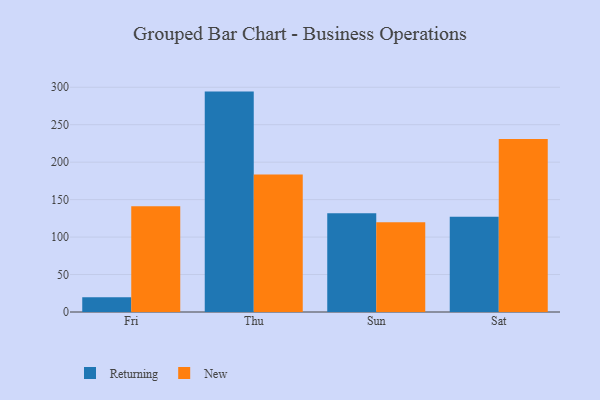
{"axis": {"x": "Day", "y": "Net Income (USD K)"}, "legend": ["New", "Returning"], "data": [{"x": "Fri", "y": 19.8, "type": "Returning"}, {"x": "Fri", "y": 141.1, "type": "New"}, {"x": "Thu", "y": 294.2, "type": "Returning"}, {"x": "Thu", "y": 183.5, "type": "New"}, {"x": "Sun", "y": 131.7, "type": "Returning"}, {"x": "Sun", "y": 119.7, "type": "New"}, {"x": "Sat", "y": 127.2, "type": "Returning"}, {"x": "Sat", "y": 230.8, "type": "New"}]}